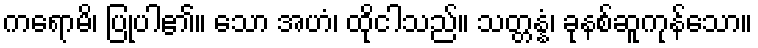
ကရောမိ၊ ပြုပါ၏။ သော အဟံ၊ ထိုငါသည်။ သတ္တန္နံ၊ ခုနစ်ဆူကုန်သော။